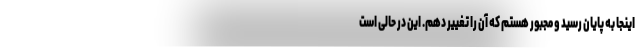
اینجا به پایان رسید و مجبور هستم که آن را تغییر دهم. این در حالی است